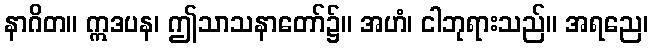
နာဂိတ။ ဣဒပန၊ ဤသာသနာတော်၌။ အဟံ၊ ငါဘုရားသည်။ အရညေ၊